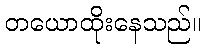
တယောထိုးနေသည်။